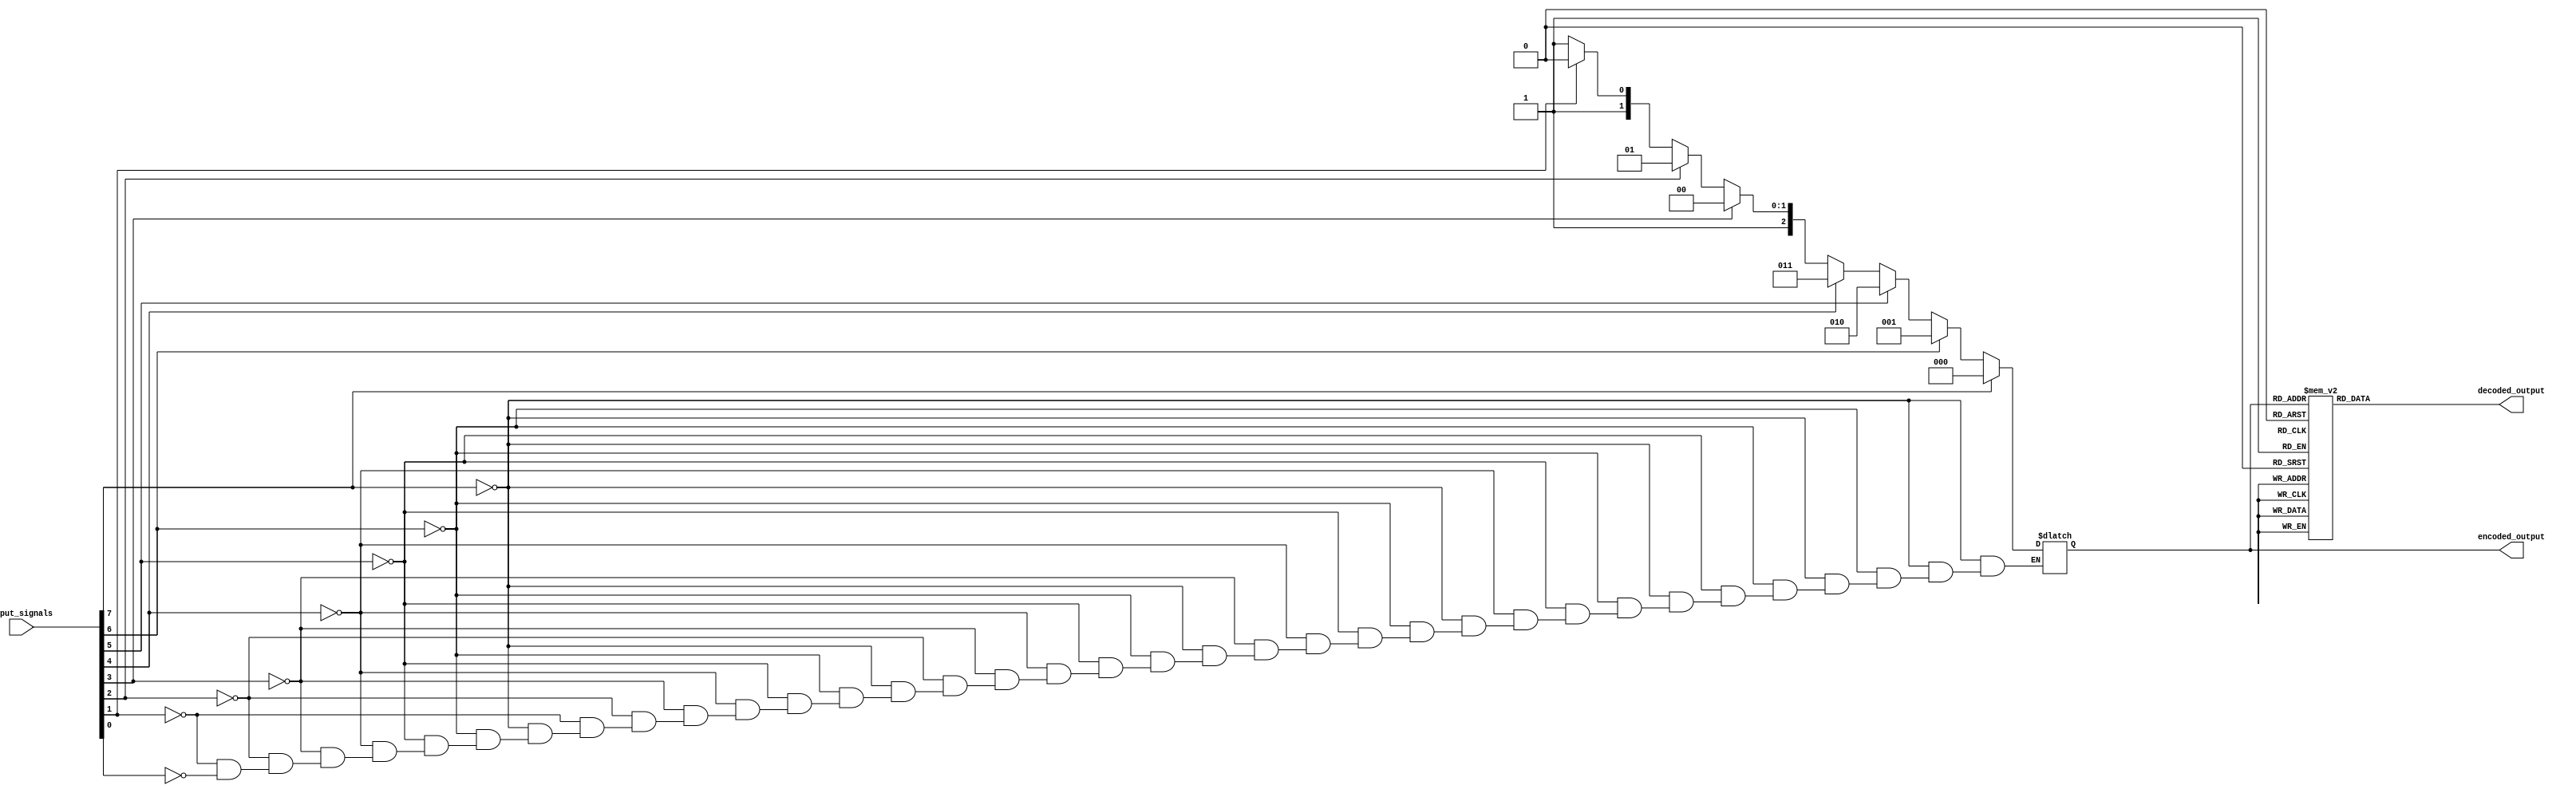
module priority_encoder_decoder (
  input [7:0] input_signals,
  output reg [2:0] encoded_output,
  output reg [7:0] decoded_output
);
  
always @(*) begin
  if (input_signals[7] == 1)
    encoded_output = 3'b000;
  else if (input_signals[6] == 1)
    encoded_output = 3'b001;
  else if (input_signals[5] == 1)
    encoded_output = 3'b010;
  else if (input_signals[4] == 1)
    encoded_output = 3'b011;
  else if (input_signals[3] == 1)
    encoded_output = 3'b100;
  else if (input_signals[2] == 1)
    encoded_output = 3'b101;
  else if (input_signals[1] == 1)
    encoded_output = 3'b110;
  else if (input_signals[0] == 1)
    encoded_output = 3'b111;
end

always @(*) begin
  case(encoded_output)
    3'b000: decoded_output = 8'b10000000;
    3'b001: decoded_output = 8'b01000000;
    3'b010: decoded_output = 8'b00100000;
    3'b011: decoded_output = 8'b00010000;
    3'b100: decoded_output = 8'b00001000;
    3'b101: decoded_output = 8'b00000100;
    3'b110: decoded_output = 8'b00000010;
    3'b111: decoded_output = 8'b00000001;
  endcase
end

endmodule